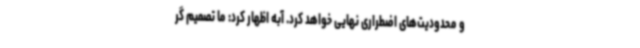
و محدودیت‌های اضطراری نهایی خواهد کرد. آبه اظهار کرد: ما تصمیم گر